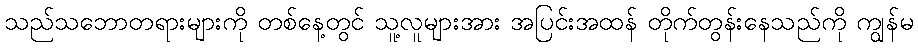
သည်သဘောတရားများကို တစ်နေ့တွင် သူ့လူများအား အပြင်းအထန် တိုက်တွန်းနေသည်ကို ကျွန်မ